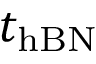
t _ { \mathrm { h B N } }